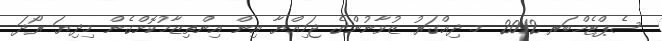
ސެޕްޓެމްބަރ 2012 މ. ދިއްގަރު ޒުވާނުންގެ ޖަމިއްޔާ އިން އިންތިޒާމުކޮށްގެން މިދިޔަ ރޯދަ